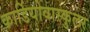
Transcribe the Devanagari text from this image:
कार्डियोवास्कुलर